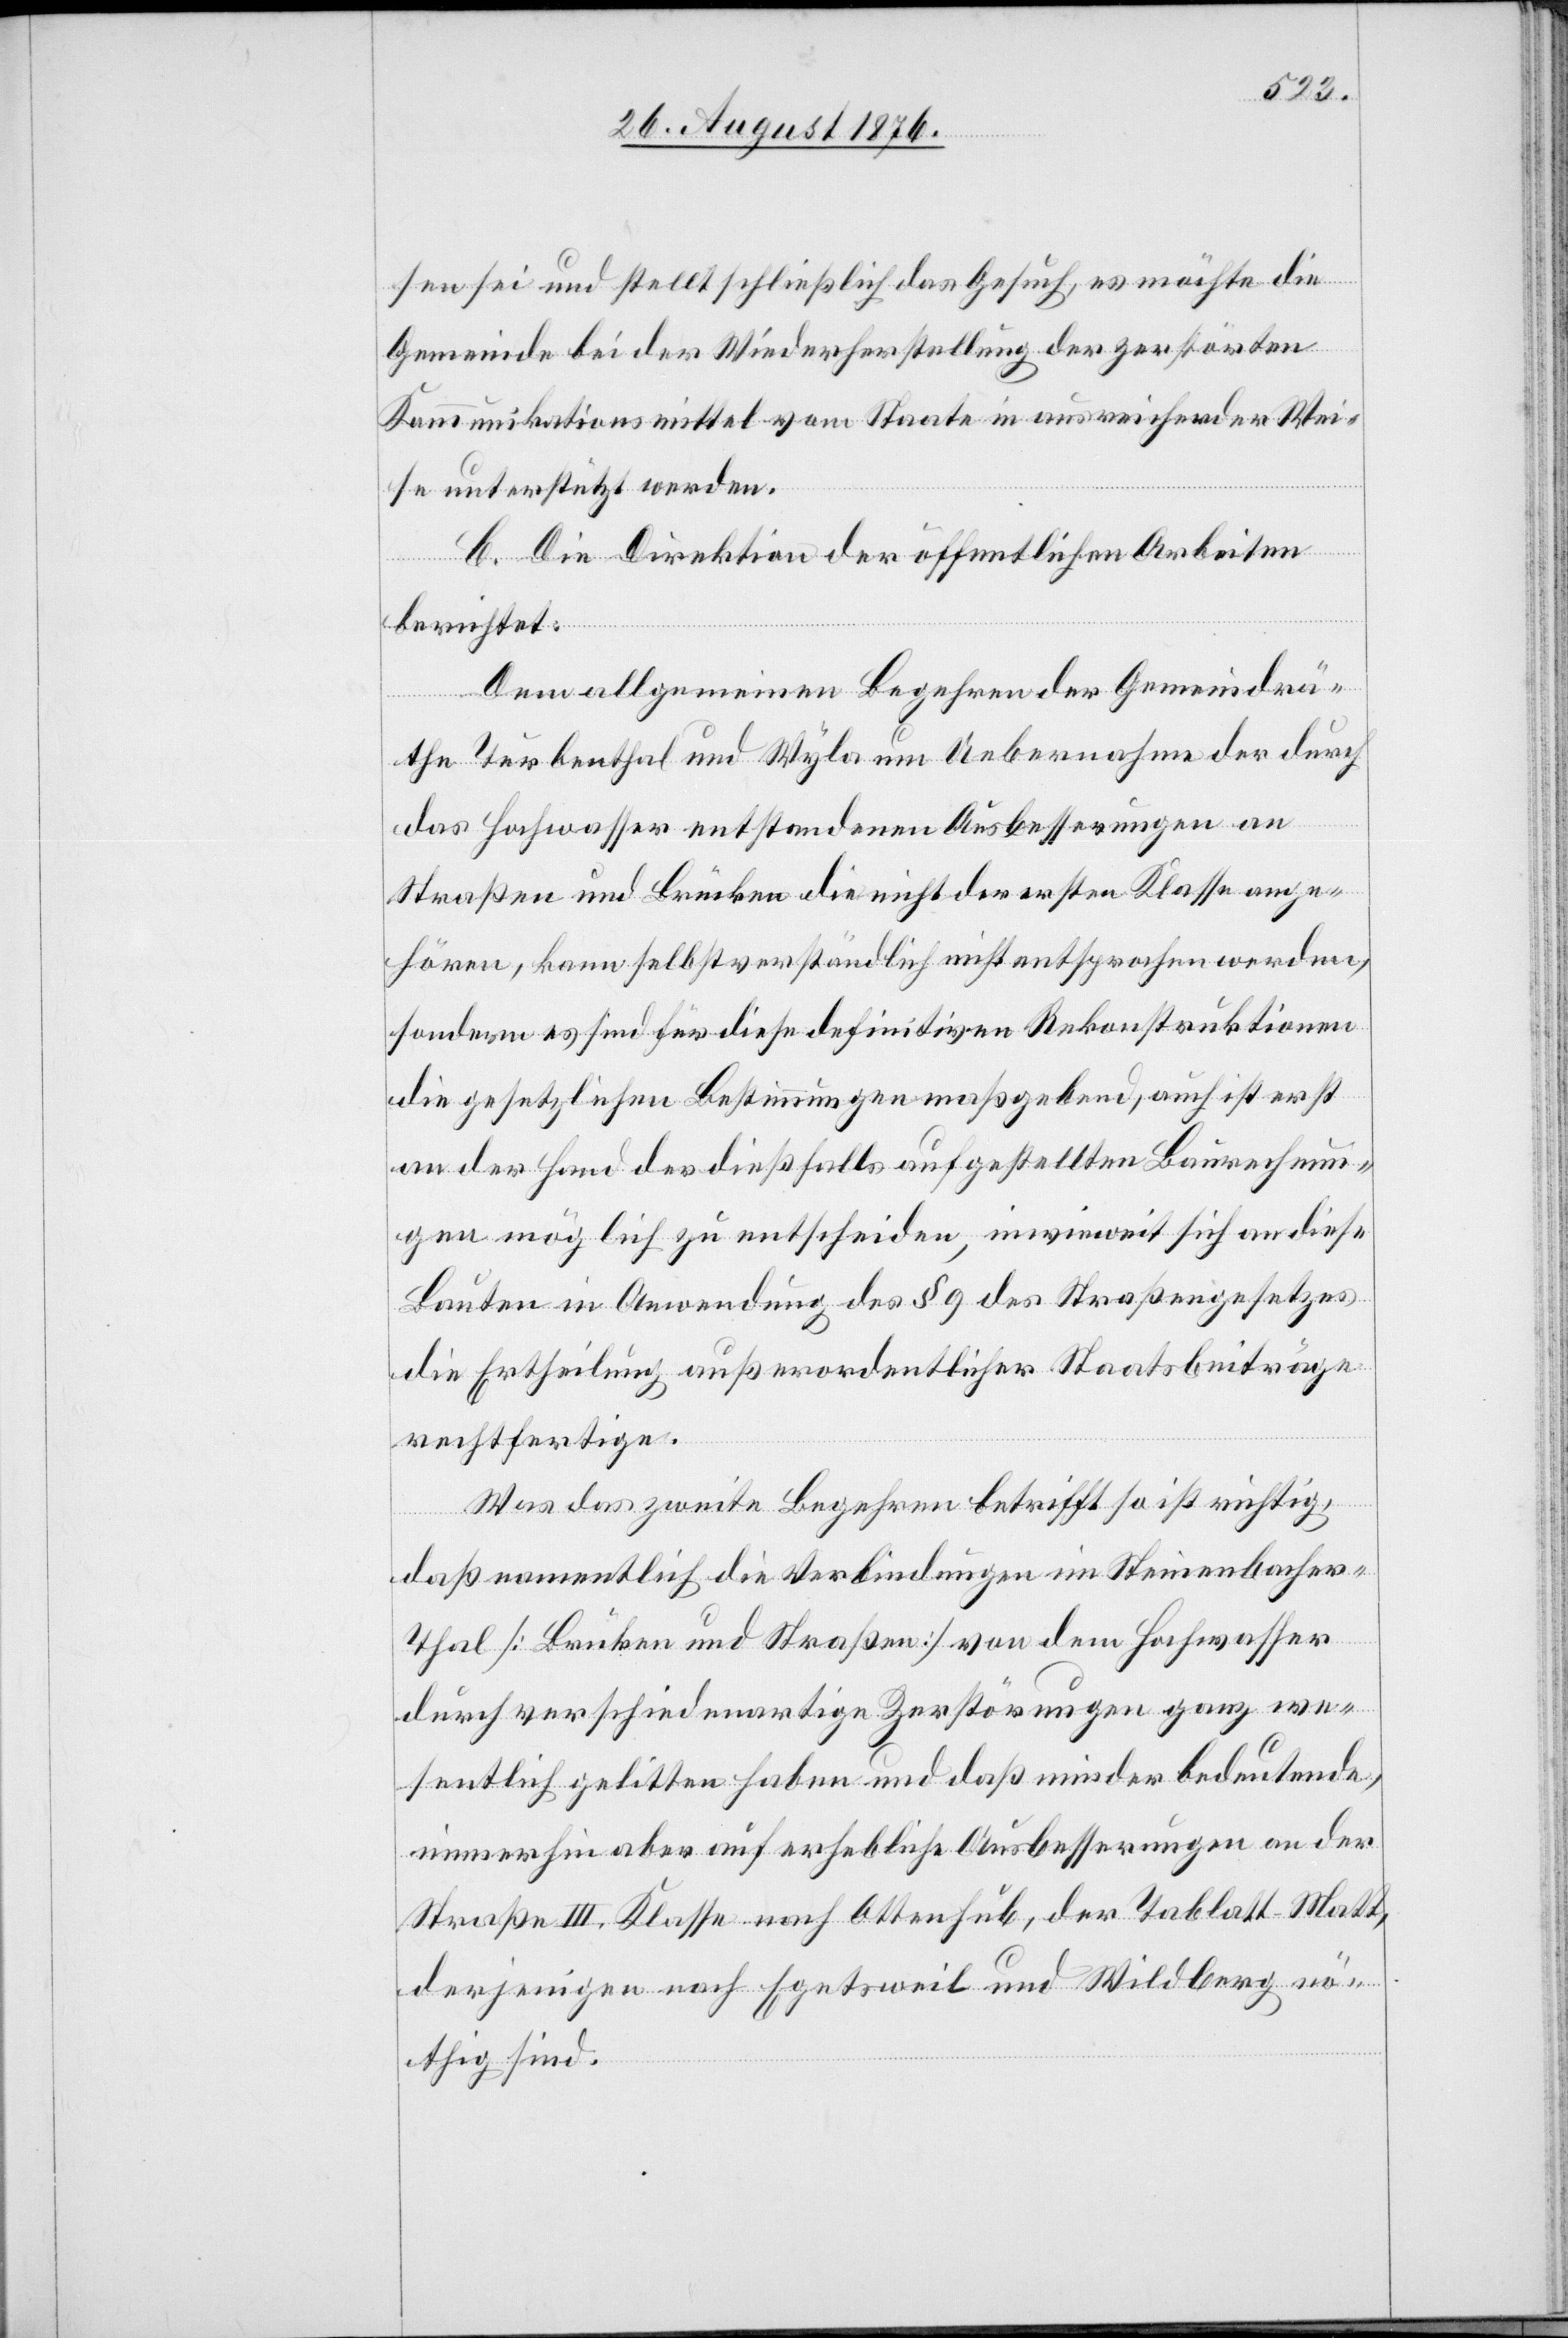
sen sei und stellt schließlich das Gesuch, es möchte die
Gemeinde bei der Wiederherstellung der zerstörten
Kommunikationsmittel vom Staate in ausreichender Wei¬
se unterstützt werde.
C. Die Direktion der öffentlichen Arbeiten
berichtet:
Dem allgemeinen Begehren der Gemeindrä¬
the Turbenthal und Wyla um Uebernahme der durch
das Hochwasser entstandenen Ausbesserungen an
Straßen und Brücken die nicht der ersten Klasse ange¬
hören, kann selbstverständlich nicht entsprochen werden,
sondern es sind für diese definitiven Rekonstruktionen
die gesetzlichen Bestimmungen maßgebend, auch ist erst
an der Hand der dießfalls aufgestellten Baurechnun¬
gen möglich zu entscheiden, inwieweit sich an diese
Bauten in Anwendung des § 9 des Straßengesetzes
die Ertheilung außerordentlicher Staatsbeiträge
rechtfertige.
Was das zweite Begehren betrifft so ist richtig,
daß namentlich die Verbindungen im Steinenbache¬
r-Thal [Brücken und Straßen] von dem Hochwasser
durch verschiedenartige Zerstörungen ganz we¬
sentlich gelitten haben und daß minder bedeutende,
immerhin aber auf erhebliche Ausbesserungen an der
Straße II. Klasse nach Ottenhub, der Tablatt–Matt,
derjenigen nach Egetsweil und Wildberg nö¬
thig sind.